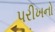
પરીખનો